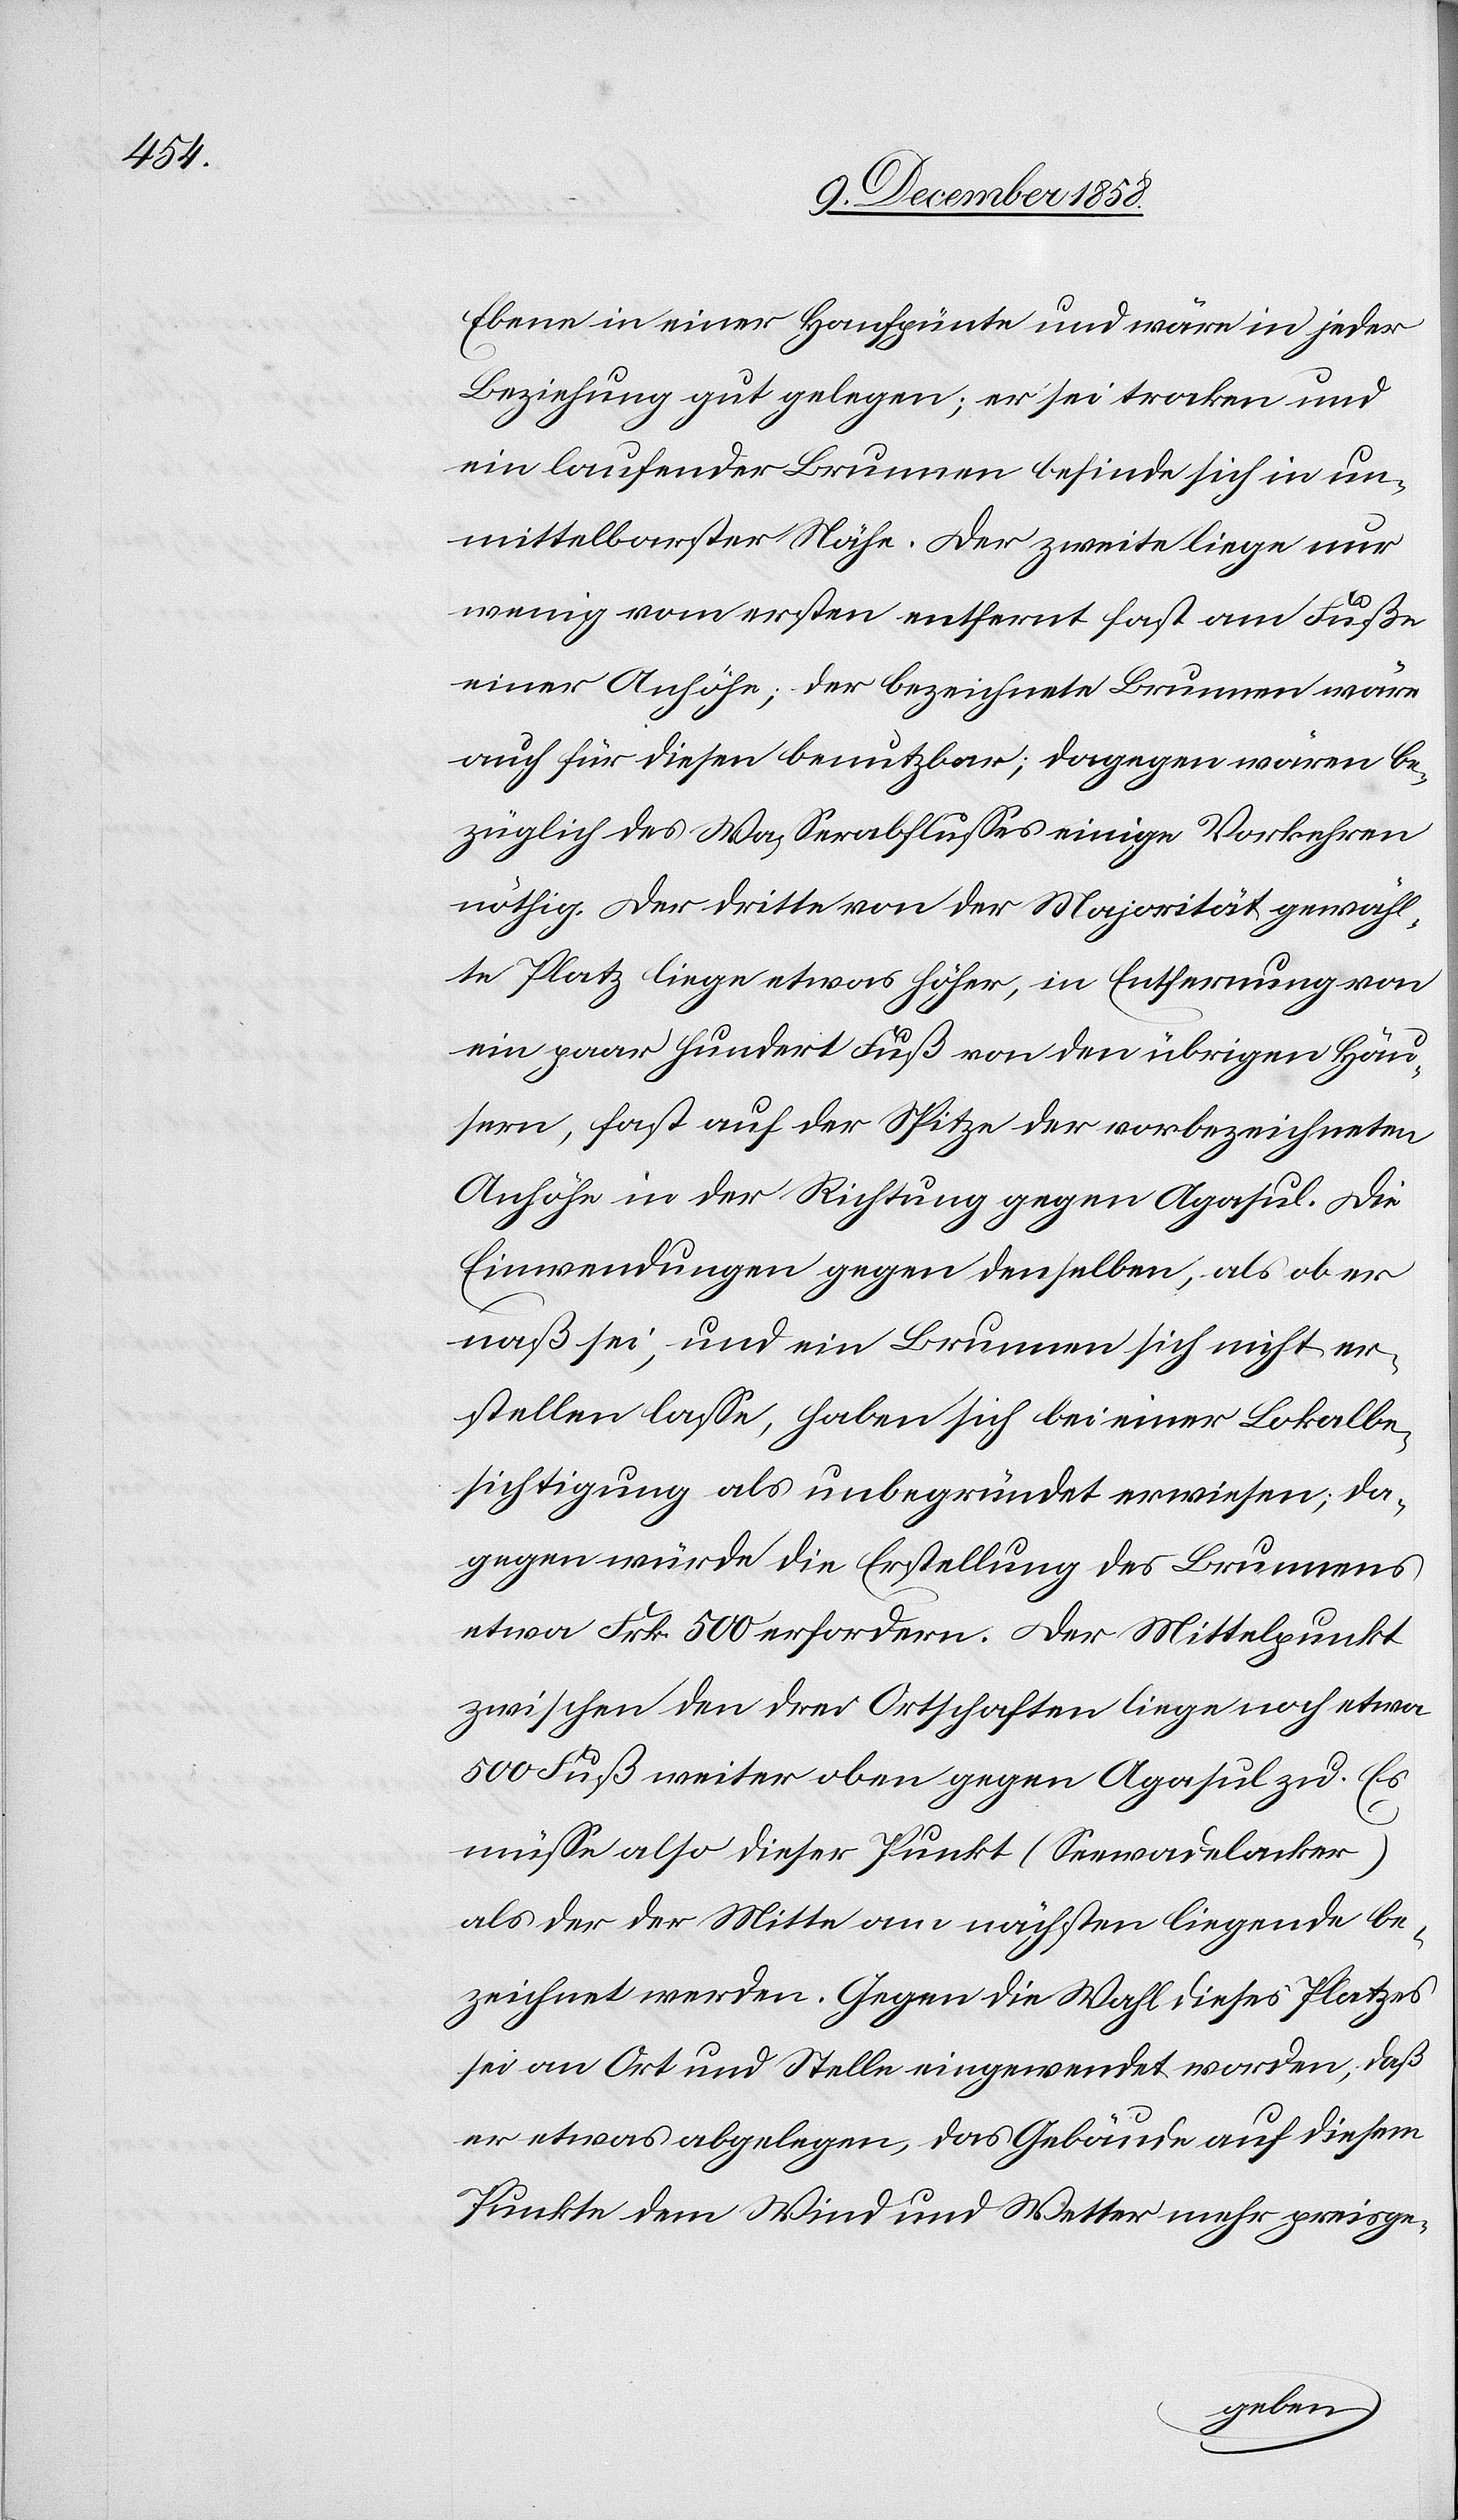
Ebene in einer Hanfpünte und wäre in jeder
Beziehung gut gelegen; er sei trocken und
ein laufender Brunnen befinde sich in un¬
mittelbarster Nähe. Der zweite liege nur
wenig vom ersten entfernt fast am Fuße
einer Anhöhe; der bezeichnete Brunnen wäre
auch für diesen benutzbar; dagegen wären be¬
züglich des Wasserabflusses einige Vorkehren
nöthig. Der dritte von der Majorität gewähl¬
te Platz liege etwas höher, in Entfernung von
ein paar hundert Fuß von den übrigen Häu¬
sern, fast auf der Spitze der vorbezeichneten
Anhöhe in der Richtung gegen Agasul. Die
Einwendungen gegen denselben, als ob er
naß sei, und ein Brunnen sich nicht er¬
stellen lasse, haben sich bei einer Lokalbe¬
sichtigung als unbegründet erwiesen; da¬
gegen würde die Erstellung des Brunnens
etwa Frk. 500 erfordern. Der Mittelpunkt
zwischen den drei Ortschaften liege noch etwa
500 Fuß weiter oben gegen Agasul zu. Es
müsse also dieser Punkt (Seewadelacker
als der der Mitte am nächsten liegende be¬
zeichnet werden. Gegen die Wahl dieses Platzes
sei an Ort und Stelle eingewendet worden, daß
er etwas abgelegen, das Gebäude auf diesem
Punkte dem Wind und Wetter mehr preisge-